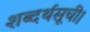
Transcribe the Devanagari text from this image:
शब्दर्थसूची।